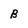
Character: B